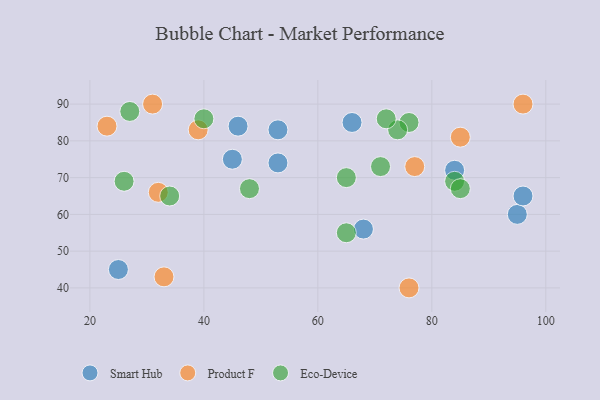
{"axis": {"x": "GDP", "y": "Life Expectancy"}, "legend": ["Eco-Device", "Product F", "Smart Hub"], "data": [{"x": "45", "y": 75, "type": "Smart Hub"}, {"x": "53", "y": 74, "type": "Smart Hub"}, {"x": "95", "y": 60, "type": "Smart Hub"}, {"x": "66", "y": 85, "type": "Smart Hub"}, {"x": "46", "y": 84, "type": "Smart Hub"}, {"x": "25", "y": 45, "type": "Smart Hub"}, {"x": "96", "y": 65, "type": "Smart Hub"}, {"x": "68", "y": 56, "type": "Smart Hub"}, {"x": "84", "y": 72, "type": "Smart Hub"}, {"x": "53", "y": 83, "type": "Smart Hub"}, {"x": "32", "y": 66, "type": "Product F"}, {"x": "96", "y": 90, "type": "Product F"}, {"x": "76", "y": 40, "type": "Product F"}, {"x": "77", "y": 73, "type": "Product F"}, {"x": "31", "y": 90, "type": "Product F"}, {"x": "39", "y": 83, "type": "Product F"}, {"x": "85", "y": 81, "type": "Product F"}, {"x": "33", "y": 43, "type": "Product F"}, {"x": "23", "y": 84, "type": "Product F"}, {"x": "71", "y": 73, "type": "Eco-Device"}, {"x": "76", "y": 85, "type": "Eco-Device"}, {"x": "65", "y": 55, "type": "Eco-Device"}, {"x": "48", "y": 67, "type": "Eco-Device"}, {"x": "84", "y": 69, "type": "Eco-Device"}, {"x": "26", "y": 69, "type": "Eco-Device"}, {"x": "74", "y": 83, "type": "Eco-Device"}, {"x": "72", "y": 86, "type": "Eco-Device"}, {"x": "40", "y": 86, "type": "Eco-Device"}, {"x": "34", "y": 65, "type": "Eco-Device"}, {"x": "65", "y": 70, "type": "Eco-Device"}, {"x": "27", "y": 88, "type": "Eco-Device"}, {"x": "85", "y": 67, "type": "Eco-Device"}]}